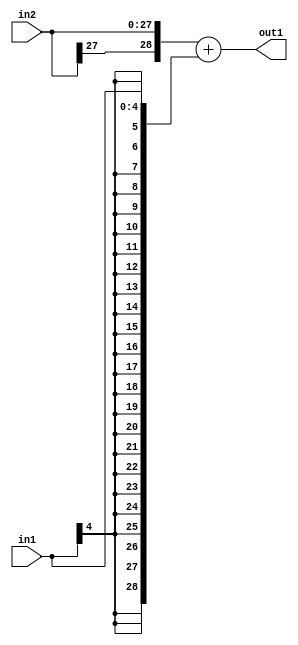
`timescale 1ps / 1ps
/*****************************************************************************
    Verilog RTL Description
    
    
    Created by: Stratus DpOpt 2019.1.01 
*******************************************************************************/

module DC_Filter_Add_28Sx5S_29S_1 (
	in2,
	in1,
	out1
	); /* architecture "behavioural" */ 
input [27:0] in2;
input [4:0] in1;
output [28:0] out1;
wire [28:0] asc001;

assign asc001 = 
	+({in2[27], in2})
	+({{24{in1[4]}}, in1});

assign out1 = asc001;
endmodule

/* CADENCE  ubH4SA8= : u9/ySgnWtBlWxVPRXgAZ4Og= ** DO NOT EDIT THIS LINE ******/